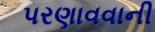
પરણાવવાની